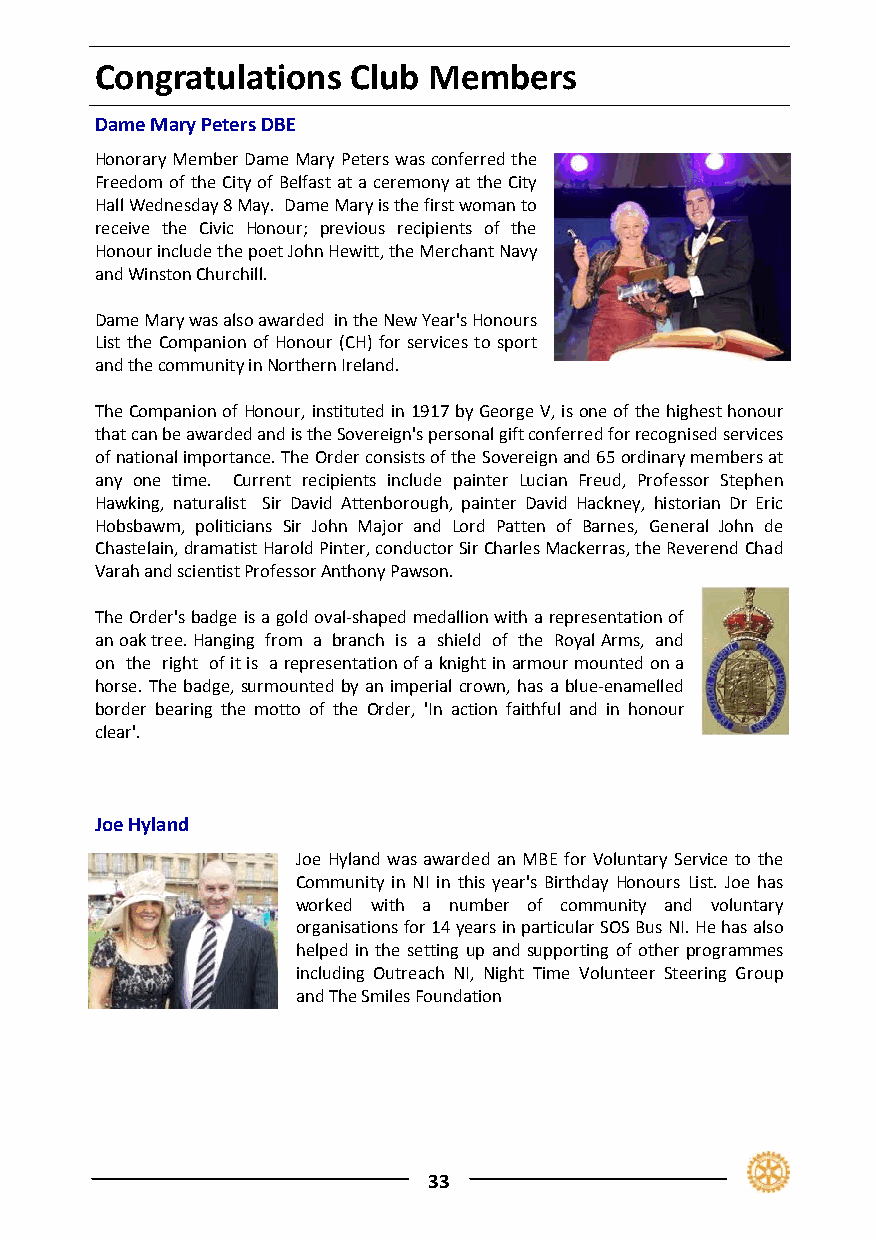
Congratulations  Club Members
 Dame Mary Peters DBE
 Honorary Member Dame Mary Peters was conferred the
 Freedom of the City of Belfast at a ceremony at the City
 Hall Wednesday 8 May. Dame Mary is the first woman to
 receive the Civic Honour; previous recipients of the
 Honour include the poet John Hewitt, the Merchant Navy
 and Winston Churchill.
 Dame Mary was also awarded in the New Year's Honours
 List the Companion of Honour (CH) for services to sport
 and the community in Northern Ireland.
 The Companion of Honour, instituted in 1917 by George V, is one of the highest honour
 that can be awarded and is the Sovereign's personal gift conferred for recognised services
 of national importance. The Order consists of the Sovereign and 65 ordinary members at
 any one time. Current recipients include painter Lucian Freud, Professor Stephen
 Hawking, naturalist Sir David Attenborough, painter David Hackney, historian Dr Eric
 Hobsbawm, politicians Sir John Major and Lord Patten of Barnes, General John de
 Chastelain, dramatist Harold Pinter, conductor Sir Charles Mackerras, the Reverend Chad
 Varah and scientist Professor Anthony Pawson.
 The Order's badge is a gold oval‐shaped medallion with a representation of
 an oak tree. Hanging from a branch is a shield of the Royal Arms, and
 on the right of it is a representation of a knight in armour mounted on a
 horse. The badge, surmounted by an imperial crown, has a blue‐enamelled
 border bearing the motto of the Order, 'In action faithful and in honour
 clear'.
 Joe Hyland
 Joe Hyland was awarded an MBE for Voluntary Service to the
 Community in NI in this year's Birthday Honours List. Joe has
 worked with a number of community and voluntary
 organisations for 14 years in particular SOS Bus NI. He has also
 helped in the setting up and supporting of other programmes
 including Outreach NI, Night Time Volunteer Steering Group
 and The Smiles Foundation
 33